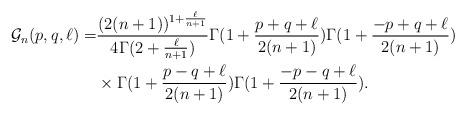
LaTeX: \begin{align*}{\cal G}_n(p,q,\ell ) =& \frac{ (2(n+1))^{1+\frac{\ell}{n+1}} }{ 4 \Gamma(2+\frac{\ell}{n+1}) }\Gamma( 1+\frac{p+q+\ell}{2(n+1)})\Gamma( 1+\frac{-p+q+\ell}{2(n+1)}) \\&\times \Gamma( 1+\frac{p-q+\ell}{2(n+1)})\Gamma( 1+\frac{-p-q+\ell}{2(n+1)}).\end{align*}